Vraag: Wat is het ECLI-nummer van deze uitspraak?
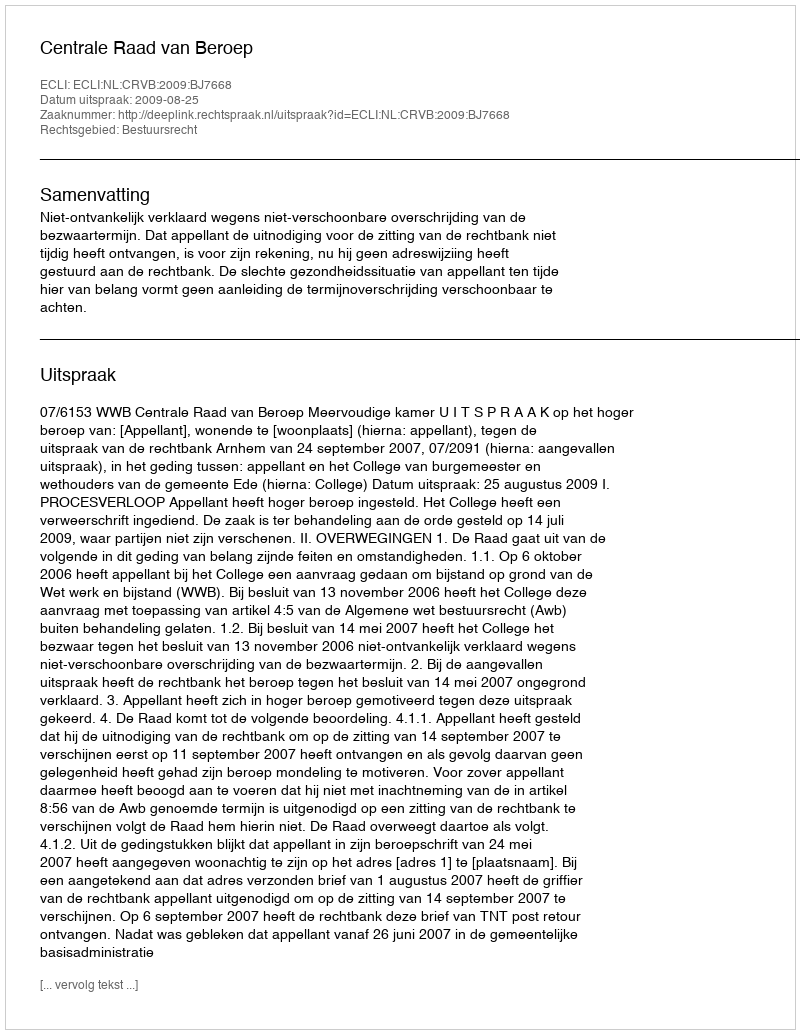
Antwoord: ECLI:NL:CRVB:2009:BJ7668